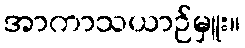
အာကာသယာဉ်မှူး။